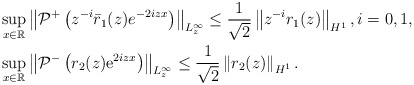
\begin{align*}&\sup _{x \in \mathbb{R}}\left\|\mathcal{P}^+\left(z^{-i}\bar{r}_1(z)e^{-2iz x}\right)\right\|_{L_z^\infty} \leq\frac{1}{\sqrt{2}}\left\|z^{-i}r_1(z)\right\|_{H^1},i=0,1,\\&\sup_{x \in \mathbb{R}}\left\|\mathcal{P}^-\left(r_2(z) \mathrm{e}^{2iz x}\right)\right\|_{L_{z}^{\infty}} \leq\frac{1}{\sqrt{2}}\left\|r_2(z)\right\|_{H^{1}}.\end{align*}